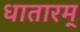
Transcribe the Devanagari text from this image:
धातारम्